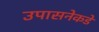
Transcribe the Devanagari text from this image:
उपासनेकडे